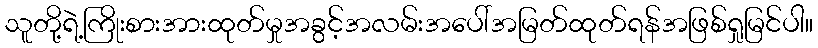
သူတို့ရဲ့ကြိုးစားအားထုတ်မှုအခွင့်အလမ်းအပေါ်အမြတ်ထုတ်ရန်အဖြစ်ရှုမြင်ပါ။